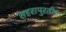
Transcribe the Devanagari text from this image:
शहरापुरतीच